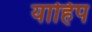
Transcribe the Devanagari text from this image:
याहिप